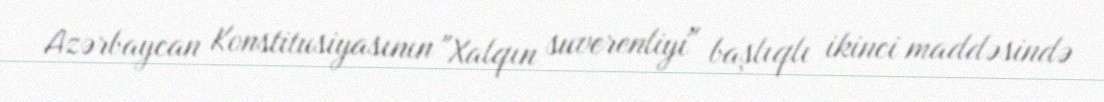
Azərbaycan Konstitusiyasının "Xalqın suverenliyi" başlıqlı ikinci maddəsində